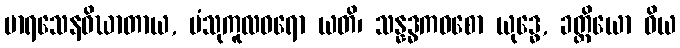
မာရသေနဝိဃာတာယ, ပံသုကူလဓရော ယတိ၊ သန္နဒ္ဓကဝစော ယုဒ္ဓေ, ခတ္တိယော ဝိယ